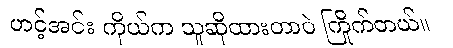
ဟင့်အင်း ကိုယ်က သူဆိုထားတာပဲ ကြိုက်တယ်။